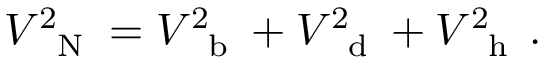
V _ { \mathrm { ~ \scriptsize ~ N ~ } } ^ { 2 } = V _ { \mathrm { ~ \scriptsize ~ b ~ } } ^ { 2 } + V _ { \mathrm { ~ \scriptsize ~ d ~ } } ^ { 2 } + V _ { \mathrm { ~ \scriptsize ~ h ~ } } ^ { 2 } \, .